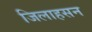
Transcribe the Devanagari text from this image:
जिलाहसन